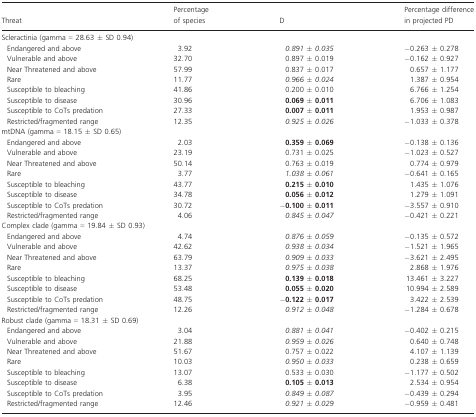
<table><thead><tr><td><b>Threat</b></td><td><b>Percentage of species</b></td><td><b>D</b></td><td><b>Percentage difference in projected PD</b></td></tr></thead><tbody><tr><td colspan="4">Scleractinia (gamma = 28.63 ± SD 0.94)</td></tr><tr><td> Endangered and above</td><td>3.92</td><td><i>0.891 ± 0.035</i></td><td>−0.263 ± 0.278</td></tr><tr><td> Vulnerable and above</td><td>32.70</td><td>0.897 ± 0.019</td><td>−0.162 ± 0.927</td></tr><tr><td> Near Threatened and above</td><td>57.99</td><td>0.837 ± 0.017</td><td>0.657 ± 1.177</td></tr><tr><td> Rare</td><td>11.77</td><td><i>0.966 ± 0.024</i></td><td>1.387 ± 0.954</td></tr><tr><td> Susceptible to bleaching</td><td>41.86</td><td>0.200 ± 0.010</td><td>6.766 ± 1.254</td></tr><tr><td> Susceptible to disease</td><td>30.96</td><td><b>0.069 ± 0.011</b></td><td>6.706 ± 1.083</td></tr><tr><td> Susceptible to CoTs predation</td><td>27.33</td><td><b>0.007 ± 0.011</b></td><td>1.953 ± 0.987</td></tr><tr><td> Restricted/fragmented range</td><td>12.35</td><td><i>0.925 ± 0.026</i></td><td>−1.033 ± 0.378</td></tr><tr><td colspan="4">mtDNA (gamma = 18.15 ± SD 0.65)</td></tr><tr><td> Endangered and above</td><td>2.03</td><td><b>0.359 ± 0.069</b></td><td>−0.138 ± 0.136</td></tr><tr><td> Vulnerable and above</td><td>23.19</td><td>0.731 ± 0.025</td><td>−1.023 ± 0.527</td></tr><tr><td> Near Threatened and above</td><td>50.14</td><td>0.763 ± 0.019</td><td>0.774 ± 0.979</td></tr><tr><td> Rare</td><td>3.77</td><td><i>1.038 ± 0.061</i></td><td>−0.641 ± 0.165</td></tr><tr><td> Susceptible to bleaching</td><td>43.77</td><td><b>0.215 ± 0.010</b></td><td>1.435 ± 1.076</td></tr><tr><td> Susceptible to disease</td><td>34.78</td><td><b>0.056 ± 0.012</b></td><td>1.279 ± 1.091</td></tr><tr><td> Susceptible to CoTs predation</td><td>30.72</td><td><b>−0.100 ± 0.011</b></td><td>−3.557 ± 0.910</td></tr><tr><td> Restricted/fragmented range</td><td>4.06</td><td><i>0.845 ± 0.047</i></td><td>−0.421 ± 0.221</td></tr><tr><td colspan="4">Complex clade (gamma = 19.84 ± SD 0.93)</td></tr><tr><td> Endangered and above</td><td>4.74</td><td><i>0.876 ± 0.059</i></td><td>−0.135 ± 0.572</td></tr><tr><td> Vulnerable and above</td><td>42.62</td><td><i>0.938 ± 0.034</i></td><td>−1.521 ± 1.965</td></tr><tr><td> Near Threatened and above</td><td>63.79</td><td><i>0.909 ± 0.033</i></td><td>−3.621 ± 2.495</td></tr><tr><td> Rare</td><td>13.37</td><td><i>0.975 ± 0.038</i></td><td>2.868 ± 1.976</td></tr><tr><td> Susceptible to bleaching</td><td>68.25</td><td><b>0.139 ± 0.018</b></td><td>13.461 ± 3.227</td></tr><tr><td> Susceptible to disease</td><td>53.48</td><td><b>0.055 ± 0.020</b></td><td>10.994 ± 2.589</td></tr><tr><td> Susceptible to CoTs predation</td><td>48.75</td><td><b>−0.122 ± 0.017</b></td><td>3.422 ± 2.539</td></tr><tr><td> Restricted/fragmented range</td><td>12.26</td><td><i>0.912 ± 0.048</i></td><td>−1.284 ± 0.678</td></tr><tr><td colspan="4">Robust clade (gamma = 18.31 ± SD 0.69)</td></tr><tr><td> Endangered and above</td><td>3.04</td><td><i>0.881 ± 0.041</i></td><td>−0.402 ± 0.215</td></tr><tr><td> Vulnerable and above</td><td>21.88</td><td><i>0.959 ± 0.026</i></td><td>0.640 ± 0.748</td></tr><tr><td> Near Threatened and above</td><td>51.67</td><td>0.757 ± 0.022</td><td>4.107 ± 1.139</td></tr><tr><td> Rare</td><td>10.03</td><td><i>0.950 ± 0.033</i></td><td>0.238 ± 0.659</td></tr><tr><td> Susceptible to bleaching</td><td>13.07</td><td>0.533 ± 0.030</td><td>−1.177 ± 0.502</td></tr><tr><td> Susceptible to disease</td><td>6.38</td><td><b>0.105 ± 0.013</b></td><td>2.534 ± 0.954</td></tr><tr><td> Susceptible to CoTs predation</td><td>3.95</td><td><i>0.849 ± 0.087</i></td><td>−0.439 ± 0.294</td></tr><tr><td> Restricted/fragmented range</td><td>12.46</td><td><i>0.921 ± 0.029</i></td><td>−0.959 ± 0.481</td></tr></tbody></table>